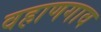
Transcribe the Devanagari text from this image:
वहाणगाव